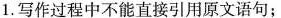
1.写作过程中不能直接引用原文语句;